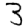
Digit: 3